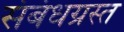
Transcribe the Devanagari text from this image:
संबंधग्रस्त